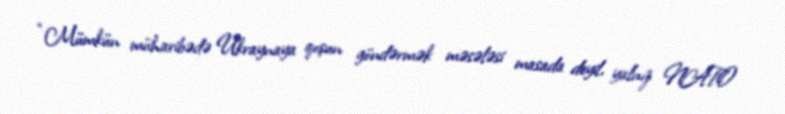
“Mümkün müharibədə Ukraynaya qoşun göndərmək məsələsi masada deyil, yalnız NATO